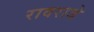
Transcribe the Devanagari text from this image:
रावराजे